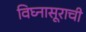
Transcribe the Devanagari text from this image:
विघ्‍नासूराची